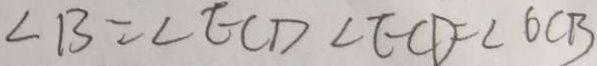
\angle B = \angle E C D \angle E C D = \angle O C B